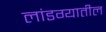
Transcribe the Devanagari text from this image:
लांडग्यातील